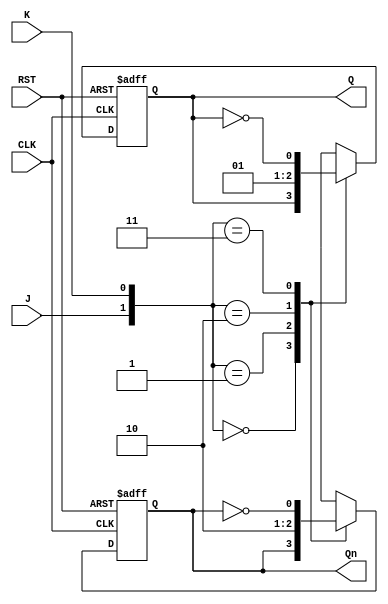
module jk_flip_flop (
  input J,
  input K, 
  input CLK, 
  input RST, 
  output reg Q, 
  output reg Qn 
);

  always @(posedge CLK or posedge RST) begin
    if (RST) begin
      Q <= 1'b0; 
      Qn <= 1'b1; 
    end else begin
      case ({J, K})
        2'b00: begin 
          Q <= Q;
          Qn <= Qn;
        end
        2'b01: begin 
          Q <= 1'b0;
          Qn <= 1'b1;
        end
        2'b10: begin 
          Q <= 1'b1;
          Qn <= 1'b0;
        end
        2'b11: begin 
          Q <= ~Q;
          Qn <= ~Qn;
        end
      endcase
    end
  end

endmodule